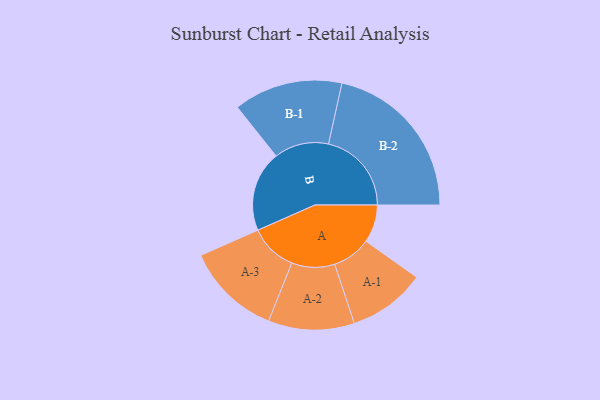
{"axis": {"x": "Segment", "y": "Value"}, "legend": ["", "A", "B"], "data": [{"x": "A", "y": 125, "type": ""}, {"x": "B", "y": 266, "type": ""}, {"x": "A-1", "y": 128, "type": "A"}, {"x": "A-2", "y": 142, "type": "A"}, {"x": "A-3", "y": 157, "type": "A"}, {"x": "B-1", "y": 180, "type": "B"}, {"x": "B-2", "y": 274, "type": "B"}]}